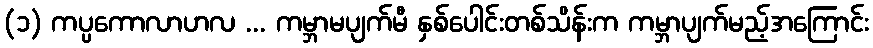
(၁) ကပ္ပကောလာဟလ ... ကမ္ဘာမပျက်မီ နှစ်ပေါင်းတစ်သိန်းက ကမ္ဘာပျက်မည့်အကြောင်း